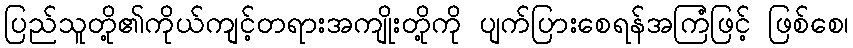
ပြည်သူတို့၏ကိုယ်ကျင့်တရားအကျိုးတို့ကို ပျက်ပြားစေရန်အကြံဖြင့် ဖြစ်စေ၊